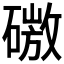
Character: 𰧜